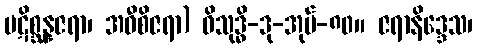
ပဋိစ္ဆန္နဇရာ၊ အဝီစိဇရာ) ဝိသုဒ္ဓိ-ဒု-အုပ်-၈၀။ ဇရာနိဒ္ဒေသ၊